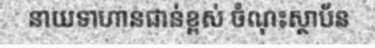
នាយទាហានជាន់ខ្ពស់ ចំណុះស្ថាប័ន